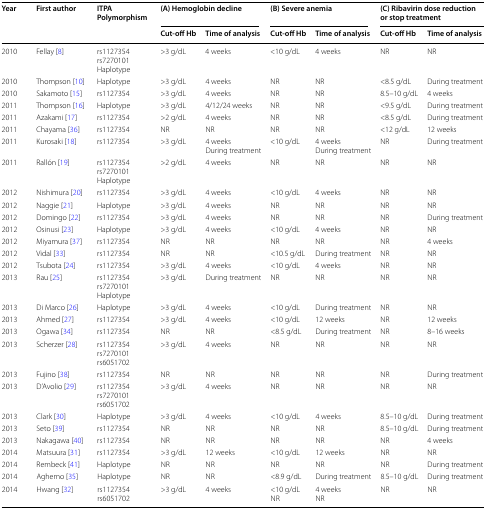
<table><thead><tr><td rowspan="2"><b>Year</b></td><td rowspan="2"><b>First author</b></td><td rowspan="2"><b>ITPA Polymorphism</b></td><td colspan="2"><b>(A) Hemoglobin decline</b></td><td colspan="2"><b>(B) Severe anemia</b></td><td colspan="2"><b>(C) Ribavirin dose reduction or stop treatment</b></td></tr><tr><td><b>Cut-off Hb</b></td><td><b>Time of analysis</b></td><td><b>Cut-off Hb</b></td><td><b>Time of analysis</b></td><td><b>Cut-off Hb</b></td><td><b>Time of analysis</b></td></tr></thead><tbody><tr><td>2010</td><td>Fellay [8]</td><td>rs1127354rs7270101Haplotype</td><td>&gt;3 g/dL</td><td>4 weeks</td><td>&lt;10 g/dL</td><td>4 weeks</td><td>NR</td><td>NR</td></tr><tr><td>2010</td><td>Thompson [10]</td><td>Haplotype</td><td>&gt;3 g/dL</td><td>4 weeks</td><td>NR</td><td>NR</td><td>&lt;8.5 g/dL</td><td>During treatment</td></tr><tr><td>2010</td><td>Sakamoto [15]</td><td>rs1127354</td><td>&gt;3 g/dL</td><td>4 weeks</td><td>NR</td><td>NR</td><td>8.5–10 g/dL</td><td>4 weeks</td></tr><tr><td>2011</td><td>Thompson [16]</td><td>Haplotype</td><td>&gt;3 g/dL</td><td>4/12/24 weeks</td><td>NR</td><td>NR</td><td>&lt;9.5 g/dL</td><td>During treatment</td></tr><tr><td>2011</td><td>Azakami [17]</td><td>rs1127354</td><td>&gt;2 g/dL</td><td>4 weeks</td><td>NR</td><td>NR</td><td>&lt;8.5 g/dL</td><td>During treatment</td></tr><tr><td>2011</td><td>Chayama [36]</td><td>rs1127354</td><td>NR</td><td>NR</td><td>NR</td><td>NR</td><td>&lt;12 g/dL</td><td>12 weeks</td></tr><tr><td>2011</td><td>Kurosaki [18]</td><td>rs1127354</td><td>&gt;3 g/dL</td><td>4 weeksDuring treatment</td><td>&lt;10 g/dL</td><td>4 weeksDuring treatment</td><td>NR</td><td>During treatment</td></tr><tr><td>2011</td><td>Rallón [19]</td><td>rs1127354rs7270101Haplotype</td><td>&gt;2 g/dL</td><td>4 weeks</td><td>NR</td><td>NR</td><td>NR</td><td>NR</td></tr><tr><td>2012</td><td>Nishimura [20]</td><td>rs1127354</td><td>&gt;3 g/dL</td><td>4 weeks</td><td>&lt;10 g/dL</td><td>4 weeks</td><td>NR</td><td>NR</td></tr><tr><td>2012</td><td>Naggie [21]</td><td>Haplotype</td><td>&gt;3 g/dL</td><td>4 weeks</td><td>NR</td><td>NR</td><td>NR</td><td>NR</td></tr><tr><td>2012</td><td>Domingo [22]</td><td>rs1127354</td><td>&gt;3 g/dL</td><td>4 weeks</td><td>NR</td><td>NR</td><td>NR</td><td>During treatment</td></tr><tr><td>2012</td><td>Osinusi [23]</td><td>Haplotype</td><td>&gt;3 g/dL</td><td>4 weeks</td><td>&lt;10 g/dL</td><td>4 weeks</td><td>NR</td><td>NR</td></tr><tr><td>2012</td><td>Miyamura [37]</td><td>rs1127354</td><td>NR</td><td>NR</td><td>NR</td><td>NR</td><td>NR</td><td>4 weeks</td></tr><tr><td>2012</td><td>Vidal [33]</td><td>rs1127354</td><td>NR</td><td>NR</td><td>&lt;10.5 g/dL</td><td>During treatment</td><td>NR</td><td>NR</td></tr><tr><td>2012</td><td>Tsubota [24]</td><td>rs1127354</td><td>&gt;3 g/dL</td><td>4 weeks</td><td>&lt;10 g/dL</td><td>4 weeks</td><td>NR</td><td>NR</td></tr><tr><td>2013</td><td>Rau [25]</td><td>rs1127354rs7270101Haplotype</td><td>&gt;3 g/dL</td><td>During treatment</td><td>NR</td><td>NR</td><td>NR</td><td>NR</td></tr><tr><td>2013</td><td>Di Marco [26]</td><td>Haplotype</td><td>&gt;3 g/dL</td><td>4 weeks</td><td>&lt;10 g/dL</td><td>During treatment</td><td>NR</td><td>NR</td></tr><tr><td>2013</td><td>Ahmed [27]</td><td>rs1127354</td><td>&gt;3 g/dL</td><td>4 weeks</td><td>&lt;10 g/dL</td><td>12 weeks</td><td>NR</td><td>12 weeks</td></tr><tr><td>2013</td><td>Ogawa [34]</td><td>rs1127354</td><td>NR</td><td>NR</td><td>&lt;8.5 g/dL</td><td>During treatment</td><td>NR</td><td>8–16 weeks</td></tr><tr><td>2013</td><td>Scherzer [28]</td><td>rs1127354rs7270101rs6051702</td><td>&gt;3 g/dL</td><td>4 weeks</td><td>NR</td><td>NR</td><td>NR</td><td>NR</td></tr><tr><td>2013</td><td>Fujino [38]</td><td>rs1127354</td><td>NR</td><td>NR</td><td>NR</td><td>NR</td><td>NR</td><td>During treatment</td></tr><tr><td>2013</td><td>D’Avolio [29]</td><td>rs1127354rs7270101rs6051702</td><td>&gt;3 g/dL</td><td>4 weeks</td><td>NR</td><td>NR</td><td>NR</td><td>NR</td></tr><tr><td>2013</td><td>Clark [30]</td><td>Haplotype</td><td>&gt;3 g/dL</td><td>4 weeks</td><td>&lt;10 g/dL</td><td>4 weeks</td><td>8.5–10 g/dL</td><td>During treatment</td></tr><tr><td>2013</td><td>Seto [39]</td><td>rs1127354</td><td>NR</td><td>NR</td><td>NR</td><td>NR</td><td>8.5–10 g/dL</td><td>During treatment</td></tr><tr><td>2013</td><td>Nakagawa [40]</td><td>rs1127354</td><td>NR</td><td>NR</td><td>NR</td><td>NR</td><td>NR</td><td>4 weeks</td></tr><tr><td>2014</td><td>Matsuura [31]</td><td>rs1127354</td><td>&gt;3 g/dL</td><td>12 weeks</td><td>&lt;10 g/dL</td><td>12 weeks</td><td>NR</td><td>NR</td></tr><tr><td>2014</td><td>Rembeck [41]</td><td>Haplotype</td><td>NR</td><td>NR</td><td>NR</td><td>NR</td><td>NR</td><td>During treatment</td></tr><tr><td>2014</td><td>Aghemo [35]</td><td>Haplotype</td><td>NR</td><td>NR</td><td>&lt;8.9 g/dL</td><td>During treatment</td><td>8.5–10 g/dL</td><td>During treatment</td></tr><tr><td>2014</td><td>Hwang [32]</td><td>rs1127354rs6051702</td><td>&gt;3 g/dL</td><td>4 weeks</td><td>&lt;10 g/dLNR</td><td>4 weeksNR</td><td>NR</td><td>NR</td></tr></tbody></table>